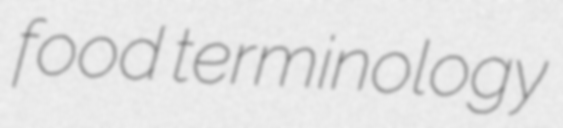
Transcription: food terminology